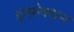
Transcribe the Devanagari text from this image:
इन्फ़ेक्सन